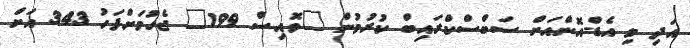
އަދި މި އެޑް-އޮންއަށް ސަބްސްކްރައިބް ކުރުުމުން "ވޮއިސް 199" ޖެހުމަށްފަހު 343 އަށް